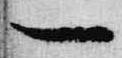
一